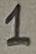
Text: 1